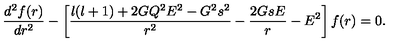
{ \frac { d ^ { 2 } f ( r ) } { d r ^ { 2 } } } - \left[ { \frac { l ( l + 1 ) + 2 G Q ^ { 2 } E ^ { 2 } - G ^ { 2 } s ^ { 2 } } { r ^ { 2 } } } - { \frac { 2 G s E } { r } } - E ^ { 2 } \right] f ( r ) = 0 .